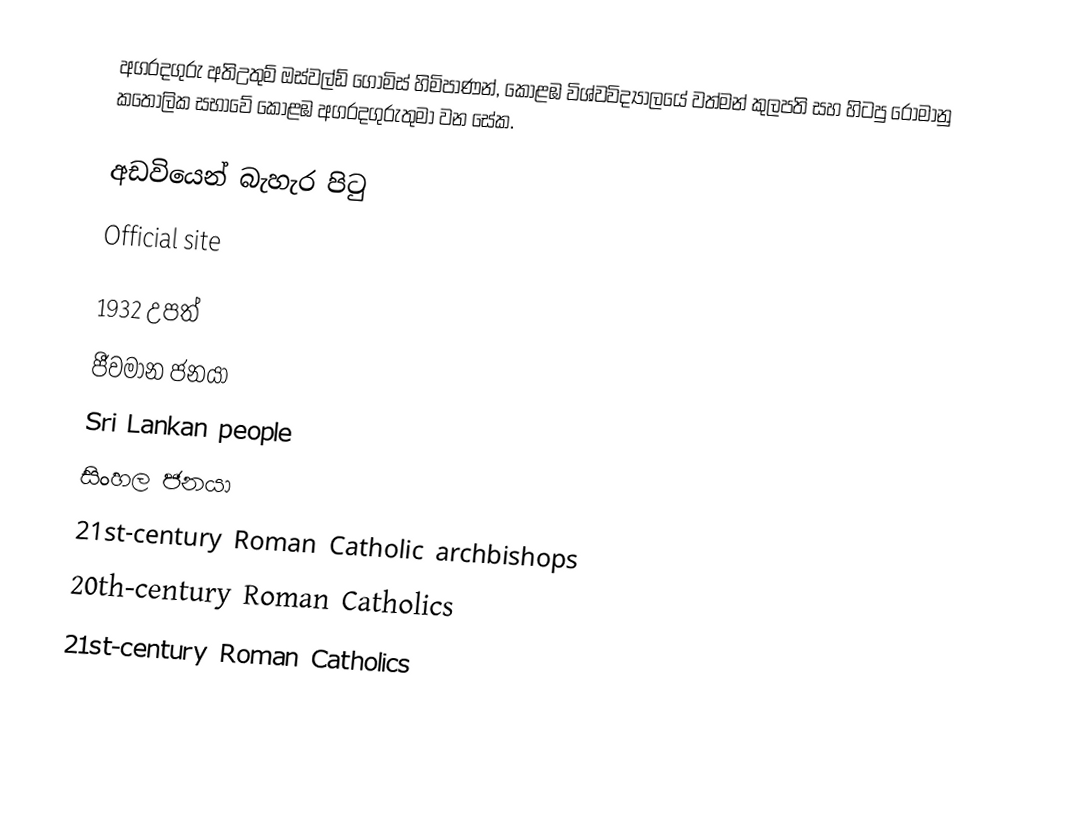
අගරදගුරු අතිඋතුම් ඔස්වල්ඩ් ගොමිස් හිමිපාණන්, කොළඹ විශ්වවිද්‍යාලයේ   වත්මන් කුලපති සහ හිටපු රෝමානු කතෝලික සභාවේ කොළඹ අගරදගුරුතුමා වන සේක.

අඩවියෙන් බැහැර පිටු
 Official site

1932 උපත්
ජීවමාන ජනයා
Sri Lankan people
සිංහල ජනයා
21st-century Roman Catholic archbishops
20th-century Roman Catholics
21st-century Roman Catholics